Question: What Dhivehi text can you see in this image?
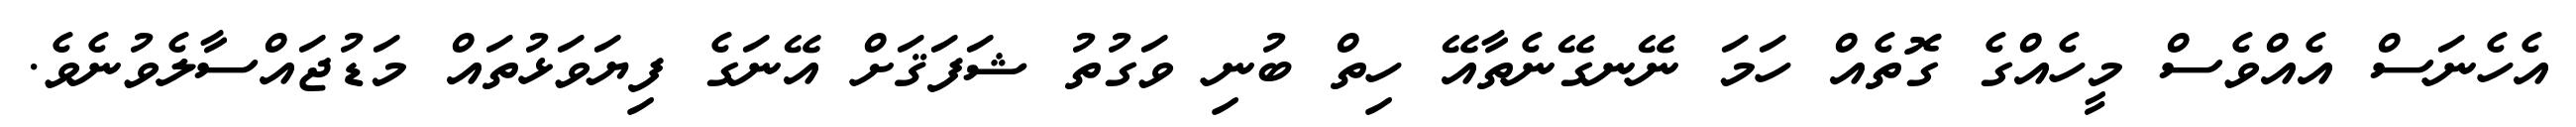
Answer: އެހެނަސް އެއްވެސް މީހެއްގެ ގޮތެއް ހަމަ ނޭނގޭނެތާއޭ ހިތް ބުނި ވަގުތު ޝަފަޤަށް އޭނަގެ ފިޔަވަޅުތައް މަޑުޖައްސާލެވުނެވެ.